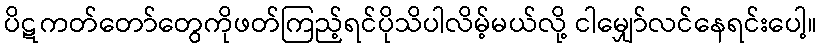
ပိဋကတ်တော်တွေကိုဖတ်ကြည့်ရင်ပိုသိပါလိမ့်မယ်လို့ ငါမျှော်လင်နေရင်းပေါ့။